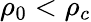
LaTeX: \rho_{0}<\rho_{c}